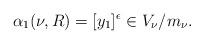
LaTeX: \begin{align*}\alpha_1(\nu,R)=[y_1]^{\epsilon}\in V_{\nu}/m_{\nu}.\end{align*}